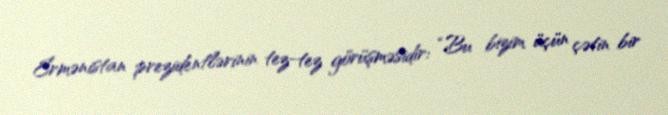
Ermənistan prezidentlərinin tez-tez görüşməsidir: “Bu bizim üçün çətin bir